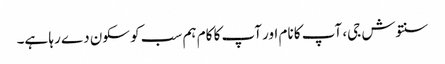
سنتوش جی، آپ کا نام اور آپ کا کام ہم سب کو سکون دے رہا ہے۔